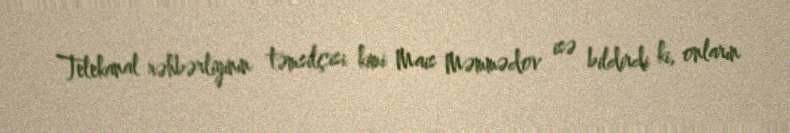
Telekanal rəhbərliyinin təmsilçisi kimi Mais Məmmədov isə bildirdi ki, onların